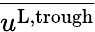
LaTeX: \overline{{u^{\textnormal{L,trough}}}}